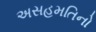
અસહમતિનો